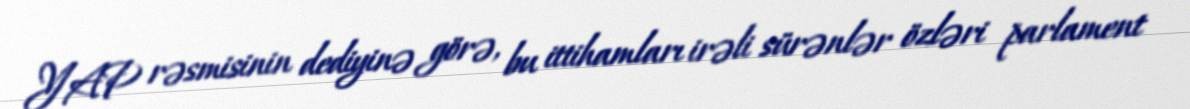
YAP rəsmisinin dediyinə görə, bu ittihamları irəli sürənlər özləri parlament